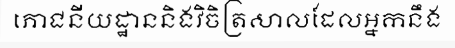
ភោជនីយដ្ឋាននិងវិចិត្រសាលដែលអ្នកនឹង